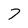
Character: 7